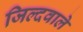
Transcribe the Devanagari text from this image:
जिल्दवाले